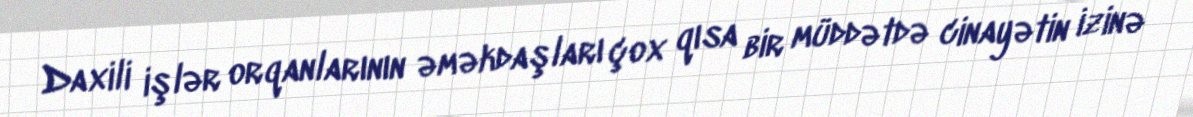
Daxili işlər orqanlarının əməkdaşları çox qısa bir müddətdə cinayətin izinə